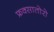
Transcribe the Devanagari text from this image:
फ्रक्सातोरो